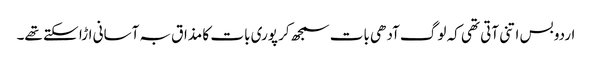
اردو بس اتنی آتی تھی کہ لوگ آدھی بات سمجھ کر پوری بات کا مذاق بہ آسانی اڑا سکتے تھے۔